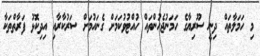
މި ހަމަލާތައް ދިނީ ސޫރިޔާގެ ހަމަނުޖެހުންތައް ހުއްޓުވުކަމަށް ގެނައުމަށް ސަރުކާރާއި އިދިކޮޅު ފަރާތްތަކާ